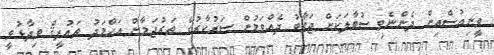
ވީނިއުސްއިން ދެންނެވި ސުވާލަކަށް ޖަވާބު ދެއްވަމުން ސަރުކާރުގެ ތަރުޖަމާން އަޙްމަދު ތައުފީޤް ވިދާޅުވީ